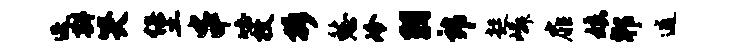
迭斟哭堡串吐枚拆愁冷羽郎起嶙扉娘郫逋